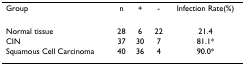
<table><thead><tr><td><b>Group</b></td><td><b>n</b></td><td><b>+</b></td><td><b>-</b></td><td><b>Infection Rate(%)</b></td></tr></thead><tbody><tr><td>Normal tissue</td><td>28</td><td>6</td><td>22</td><td>21.4</td></tr><tr><td>CIN</td><td>37</td><td>30</td><td>7</td><td>81.1*</td></tr><tr><td>Squamous Cell Carcinoma</td><td>40</td><td>36</td><td>4</td><td>90.0*</td></tr></tbody></table>